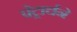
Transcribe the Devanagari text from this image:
पेट्रार्चने